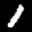
Label: 1